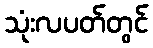
သုံးလပတ်တွင်